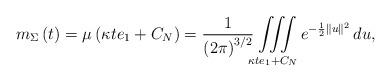
LaTeX: \begin{align*}m_{\Sigma}\left( t\right) =\mu\left( \kappa te_{1}+C_{N}\right)=\frac{1}{\left( 2\pi\right) ^{3/2}}\iiint\limits_{ \kappa te_{1}+C_{N}}e^{-\frac{1}{2}\lVert u \rVert^2} \, du,\end{align*}